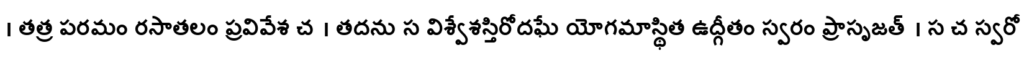
। తత్ర పరమం రసాతలం ప్రవివేశ చ । తదను స విశ్వేశస్తిరోదఘే యోగమాస్థిత ఉద్గీతం స్వరం ప్రాసృజత్ । స చ స్వరో